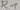
Text: R1